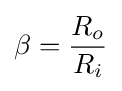
\beta ={\frac {R_{o}}{R_{i}}}